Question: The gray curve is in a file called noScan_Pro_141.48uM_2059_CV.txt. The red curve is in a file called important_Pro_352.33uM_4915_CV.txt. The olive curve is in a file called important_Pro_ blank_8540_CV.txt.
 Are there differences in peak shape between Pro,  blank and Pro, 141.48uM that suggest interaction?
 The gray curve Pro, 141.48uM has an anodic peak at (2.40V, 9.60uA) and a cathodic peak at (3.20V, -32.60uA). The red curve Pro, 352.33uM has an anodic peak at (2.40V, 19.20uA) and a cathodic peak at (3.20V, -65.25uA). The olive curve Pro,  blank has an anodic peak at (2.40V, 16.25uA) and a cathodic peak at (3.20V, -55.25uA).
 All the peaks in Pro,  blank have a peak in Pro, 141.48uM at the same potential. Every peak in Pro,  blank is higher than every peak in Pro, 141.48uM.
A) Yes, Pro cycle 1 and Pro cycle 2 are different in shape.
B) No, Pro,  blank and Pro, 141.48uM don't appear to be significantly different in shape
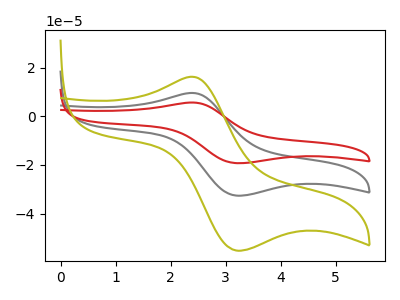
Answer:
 <answer>B) No, "Pro,  blank" and "Pro, 141.48uM" don't appear to be significantly different in shape</answer>
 <eval>B</eval>